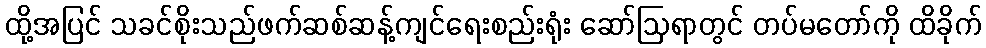
ထို့အပြင် သခင်စိုးသည်ဖက်ဆစ်ဆန့်ကျင်ရေးစည်းရုံး ဆော်ဩရာတွင် တပ်မတော်ကို ထိခိုက်